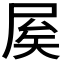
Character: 𡱢